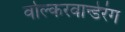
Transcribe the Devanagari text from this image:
वोल्करवान्डेरंग